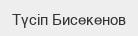
Түсіп Бисекенов